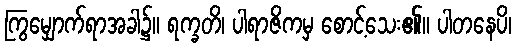
ကြွမျှောက်ရာအခါ၌။ ရက္ခတိ၊ ပါရာဇိကမှ စောင့်သေး၏။ ပါတနေပိ၊